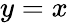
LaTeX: y=x